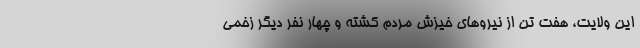
این ولایت، هفت تن از نیروهای خیزش مردم کشته و چهار نفر دیگر زخمی